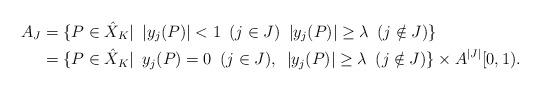
LaTeX: \begin{align*}A_J& =\{P\in \hat{X}_K|\,\,\, |y_j(P)|<1 \,\,\,(j\in J)\,\,\, |y_j(P)|\geq \lambda\,\,\, (j \notin J) \} \\ & = \{P\in \hat{X}_K|\,\,\, y_j(P)=0 \,\,\,(j\in J),\,\,\,|y_j(P)|\geq \lambda\,\,\, (j \notin J)\}\times A^{|J|}[0,1). \end{align*}